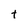
Character: t